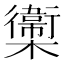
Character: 𣟉